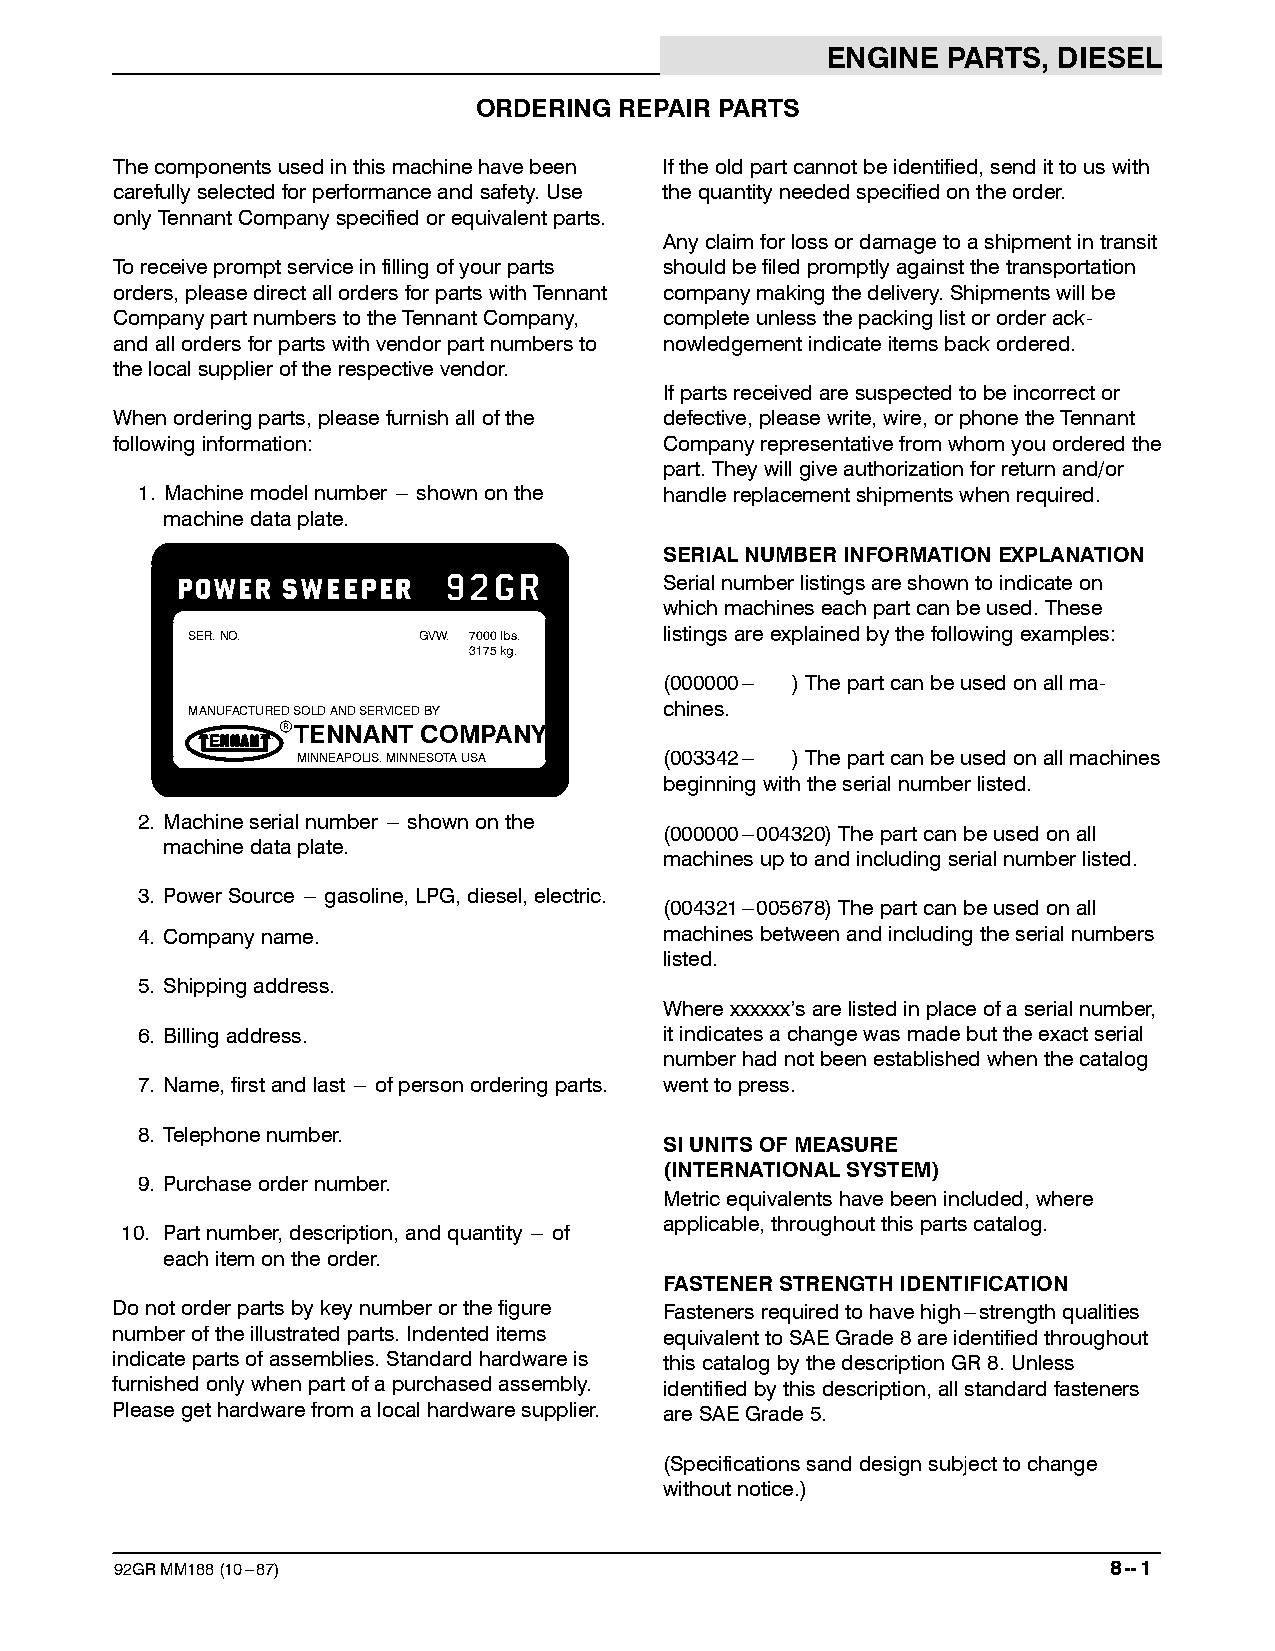
ENGINE  PARTS, DIESEL
 ORDERING REPAIR PARTS
 Thecomponentsusedinthismachinehavebeen Iftheoldpartcannotbeidentified,sendittouswith
 carefullyselectedforperformanceandsafety.Use thequantityneededspecifiedontheorder.
 onlyTennantCompanyspecifiedorequivalentparts.
 Anyclaimforlossordamagetoashipmentintransit
 Toreceivepromptserviceinfillingofyourparts shouldbefiledpromptlyagainstthetransportation
 orders,pleasedirectallordersforpartswithTennant companymakingthedelivery.Shipmentswillbe
 CompanypartnumberstotheTennantCompany, completeunlessthepackinglistororderack-
 andallordersforpartswithvendorpartnumbersto nowledgementindicateitemsbackordered.
 thelocalsupplieroftherespectivevendor.
 Ifpartsreceivedaresuspectedtobeincorrector
 Whenorderingparts,pleasefurnishallofthe defective,pleasewrite,wire,orphonetheTennant
 followinginformation:                Companyrepresentativefromwhomyouorderedthe
 part.Theywillgiveauthorizationforreturnand/or
 1. Machinemodelnumber --- shownonthe handlereplacementshipmentswhenrequired.
 machinedataplate.
 SERIALNUMBERINFORMATIONEXPLANATION
 Serialnumberlistingsareshowntoindicateon
 whichmachineseachpartcanbeused.These
 SER.NO.         GVW. 7000lbs.   listingsareexplainedbythefollowingexamples:
 3175kg.
 (000000--- )Thepartcanbeusedonallma-
 MANUFACTUREDSOLDANDSERVICEDBY   chines.
 rTENNANT  COMPANY
 MINNEAPOLIS.MINNESOTAUSA (003342--- )Thepartcanbeusedonallmachines
 beginningwiththeserialnumberlisted.
 2. Machineserialnumber --- shownonthe
 (000000---004320)Thepartcanbeusedonall
 machinedataplate.
 machinesuptoandincludingserialnumberlisted.
 3. PowerSource --- gasoline,LPG,diesel,electric.
 (004321---005678)Thepartcanbeusedonall
 4. Companyname.                    machinesbetweenandincludingtheserialnumbers
 listed.
 5. Shippingaddress.
 Wherexxxxxx’sarelistedinplaceofaserialnumber,
 6. Billingaddress.                 itindicatesachangewasmadebuttheexactserial
 numberhadnotbeenestablishedwhenthecatalog
 7. Name,firstandlast --- ofpersonorderingparts. wenttopress.
 8. Telephonenumber.
 SIUNITSOFMEASURE
 (INTERNATIONALSYSTEM)
 9. Purchaseordernumber.
 Metricequivalentshavebeenincluded,where
 applicable,throughoutthispartscatalog.
 10. Partnumber,description,andquantity --- of
 eachitemontheorder.
 FASTENERSTRENGTHIDENTIFICATION
 Donotorderpartsbykeynumberorthefigure Fastenersrequiredtohavehigh---strengthqualities
 numberoftheillustratedparts.Indenteditems equivalenttoSAEGrade8areidentifiedthroughout
 indicatepartsofassemblies.Standardhardwareis thiscatalogbythedescriptionGR8.Unless
 furnishedonlywhenpartofapurchasedassembly. identifiedbythisdescription,allstandardfasteners
 Pleasegethardwarefromalocalhardwaresupplier. areSAEGrade5.
 (Specificationssanddesignsubjecttochange
 withoutnotice.)
 92GRMM188(10---87)                                                8--1